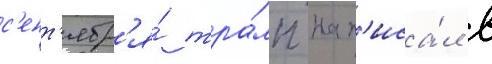
с'ент'ябр'я́ тра́мп нап'иса́л в